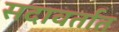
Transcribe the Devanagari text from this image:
सदावर्तात